Indian journal of veterinary science and animal husbandry - Volumes 15-17, 1948-1951
Year: 1948
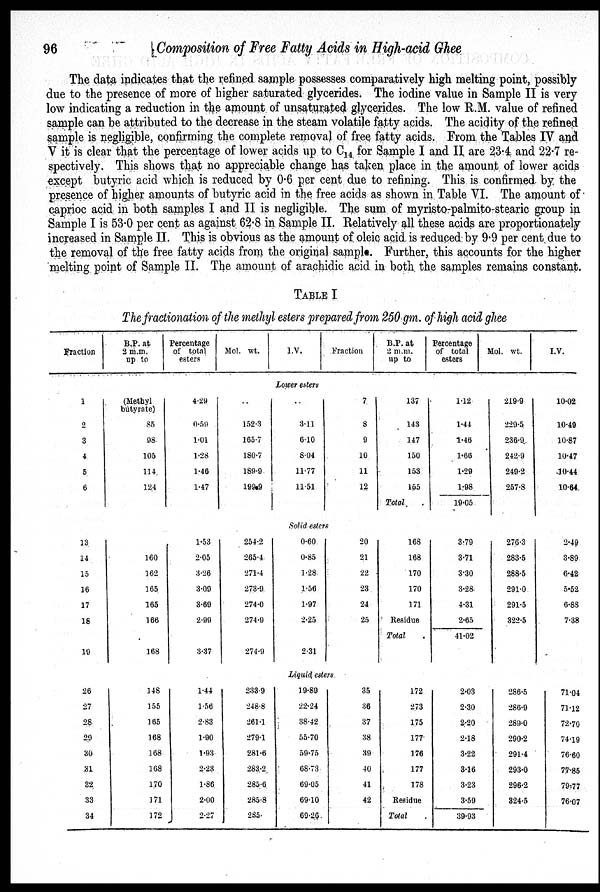
96
Composition of Free Fatty Acids in High-acid Ghee
The data indicates that the refined sample possesses comparatively high melting point, possibly
due to the presence of more of higher saturated glycerides. The iodine value in Sample II is very
low indicating a reduction in the amount of unsaturated glycerides. The low R.M. value of refined
sample can be attributed to the decrease in the steam volatile fatty acids. The acidity of the refined
sample is negligible, confirming the complete removal of free fatty acids. From the Tables IV and
V it is clear that the percentage of lower acids up to C 14 for Sample I and II are 23.4 and 22.7 re-
spectively. This shows that no appreciable change has taken place in the amount of lower acids
except butyric acid which is reduced by 0.6 per cent due to refining. This is confirmed by the
presence of higher amounts of butyric acid in the free acids as shown in Table VI. The amount of
caprioc acid in both samples I and II is negligible. The sum of myristo-palmito-stearic group in
Sample I is 53.0 per cent as against 62.8 in Sample II. Relatively all these acids are proportionately
increased in Sample II. This is obvious as the amount of oleic acid is reduced by 9.9 per cent due to
the removal of the free fatty acids from the original sample. Further, this accounts for the higher
melting point of Sample II. The amount of arachidic acid in both the samples remains constant.
TABLE I
The fractionation of the methyl esters prepared from 250 gm. of high acid ghee
Fraction
B.P. at
2 m.m.
up to
Percentage
of total
esters
Mol. wt.
I.V.
Fraction
B.P. at
2 m.m.
up to
Percentage
of total
esters
Mol. wt.
I.V.
Lower esters
1
2
3
4
5
6
(Methyl
butyrate)
85
98
105
114
124
4.29
0.59
1.01
1.28
1.46
1.47
..
152.3
165.7
180.7
189.9
199.9
3.11
6.10
8.04
11.77
11.51
7
8
9
10
11
12
137
143
147
150
153
155
Total
1.12
1.44
1.46
1.66
1.29
1.98
19.05
219.9
229.5
236.9
242.9
249.2
257.8
10.02
10.49
10.87
10.47
10.44
10.64
Solid esters
13
14
15
16
17
18
19
160
162
165
165
166
168
1.53
2.05
3.26
3.09
3.69
2.99
3.37
254.2
265.4
271.4
273.9
274.0
274.9
274.9
0.60
0.85
1.28
1.56
1.97
2.25
2.31
20
21
22
23
24
25
168
168
170
170
171
Residue
Total
3.79
3.71
3.30
3.28
4.31
2.65
41.02
276.3
283.5
288.5
291.0
291.5
322.5
2.49
3.89
6.42
5.52
6.88
7.38
Liquid esters
26
27
28
29
30
31
32
33
34
148
155
165
168
168
168
170
171
172
1.44
1.56
2.83
1.90
1.93
2.23
1.86
2.00
2.27
233.9
248.8
261.1
279.1
281.6
283.2
285.6
285.8
285
19.89
22.24
38.42
55.70
59.75
68.73
69.05
69.10
69.26
35
36
37
38
39
40
41
42
172
273
175
177
176
177
178
Residue
Total
2.03
2.30
2.20
2.18
3.22
3.16
3.23
3.59
39.93
286.5
286.9
289.0
290.2
291.4
293.0
296.2
324.5
71.04
71.12
72.79
74.19
76.60
77.85
79.77
76.07